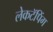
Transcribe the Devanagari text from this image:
लेकटॅपिंग